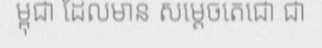
ម្ពុជា ដែលមាន សម្តេចតេជោ ជា